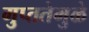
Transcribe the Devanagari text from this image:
गुप्ततेमुळे